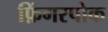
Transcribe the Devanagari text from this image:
फ़िंगरपोक